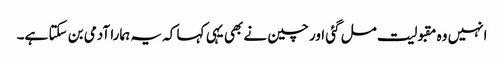
انہیں وہ مقبولیت مل گئی اور چین نے بھی یہی کہا کہ یہ ہمارا آدمی بن سکتا ہے۔